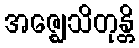
အဇ္ဈေသိတုန္တိ